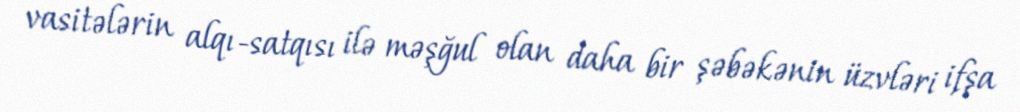
vasitələrin alqı-satqısı ilə məşğul olan daha bir şəbəkənin üzvləri ifşa